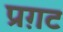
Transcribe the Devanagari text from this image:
प्रग़ट